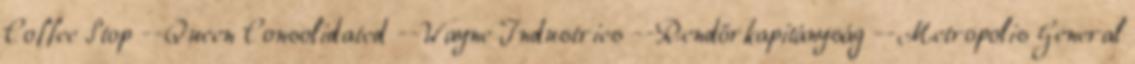
Coffee Stop --Queen Consolidated --Wayne Industries --Rendőrkapitányság --Metropolis General